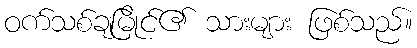
ဝက်သစ်ချမြိုင်၏ သားများ ဖြစ်သည်။